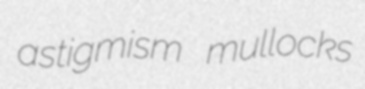
astigmism mullocks